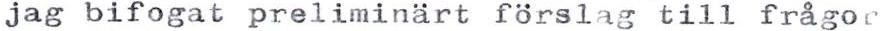
jag bifogat preliminärt förslag till frågor